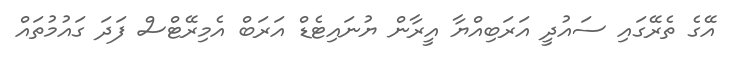
އޭގެ ތެރޭގައި ސައުދީ އަރަބިއްޔާ އީރާން ޔުނައިޓެޑް އަރަބް އެމިރޭޓްސް ފަދަ ގައުމުތައް